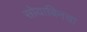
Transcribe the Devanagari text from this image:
सोयाबिनचा